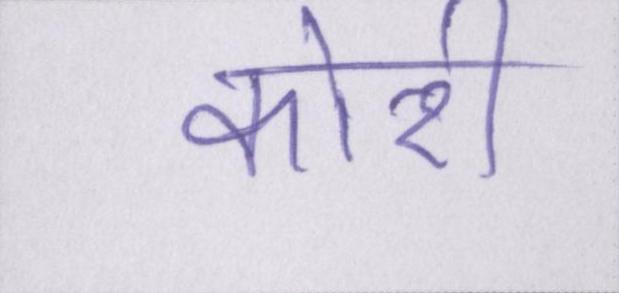
कोरी